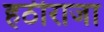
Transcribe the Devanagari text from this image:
हठीराजा